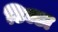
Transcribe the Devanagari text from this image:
टिल्डा